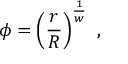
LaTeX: \phi = \left( { \frac { r } { R } } \right) ^ { \frac { 1 } { w } } \ ,